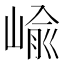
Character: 崳